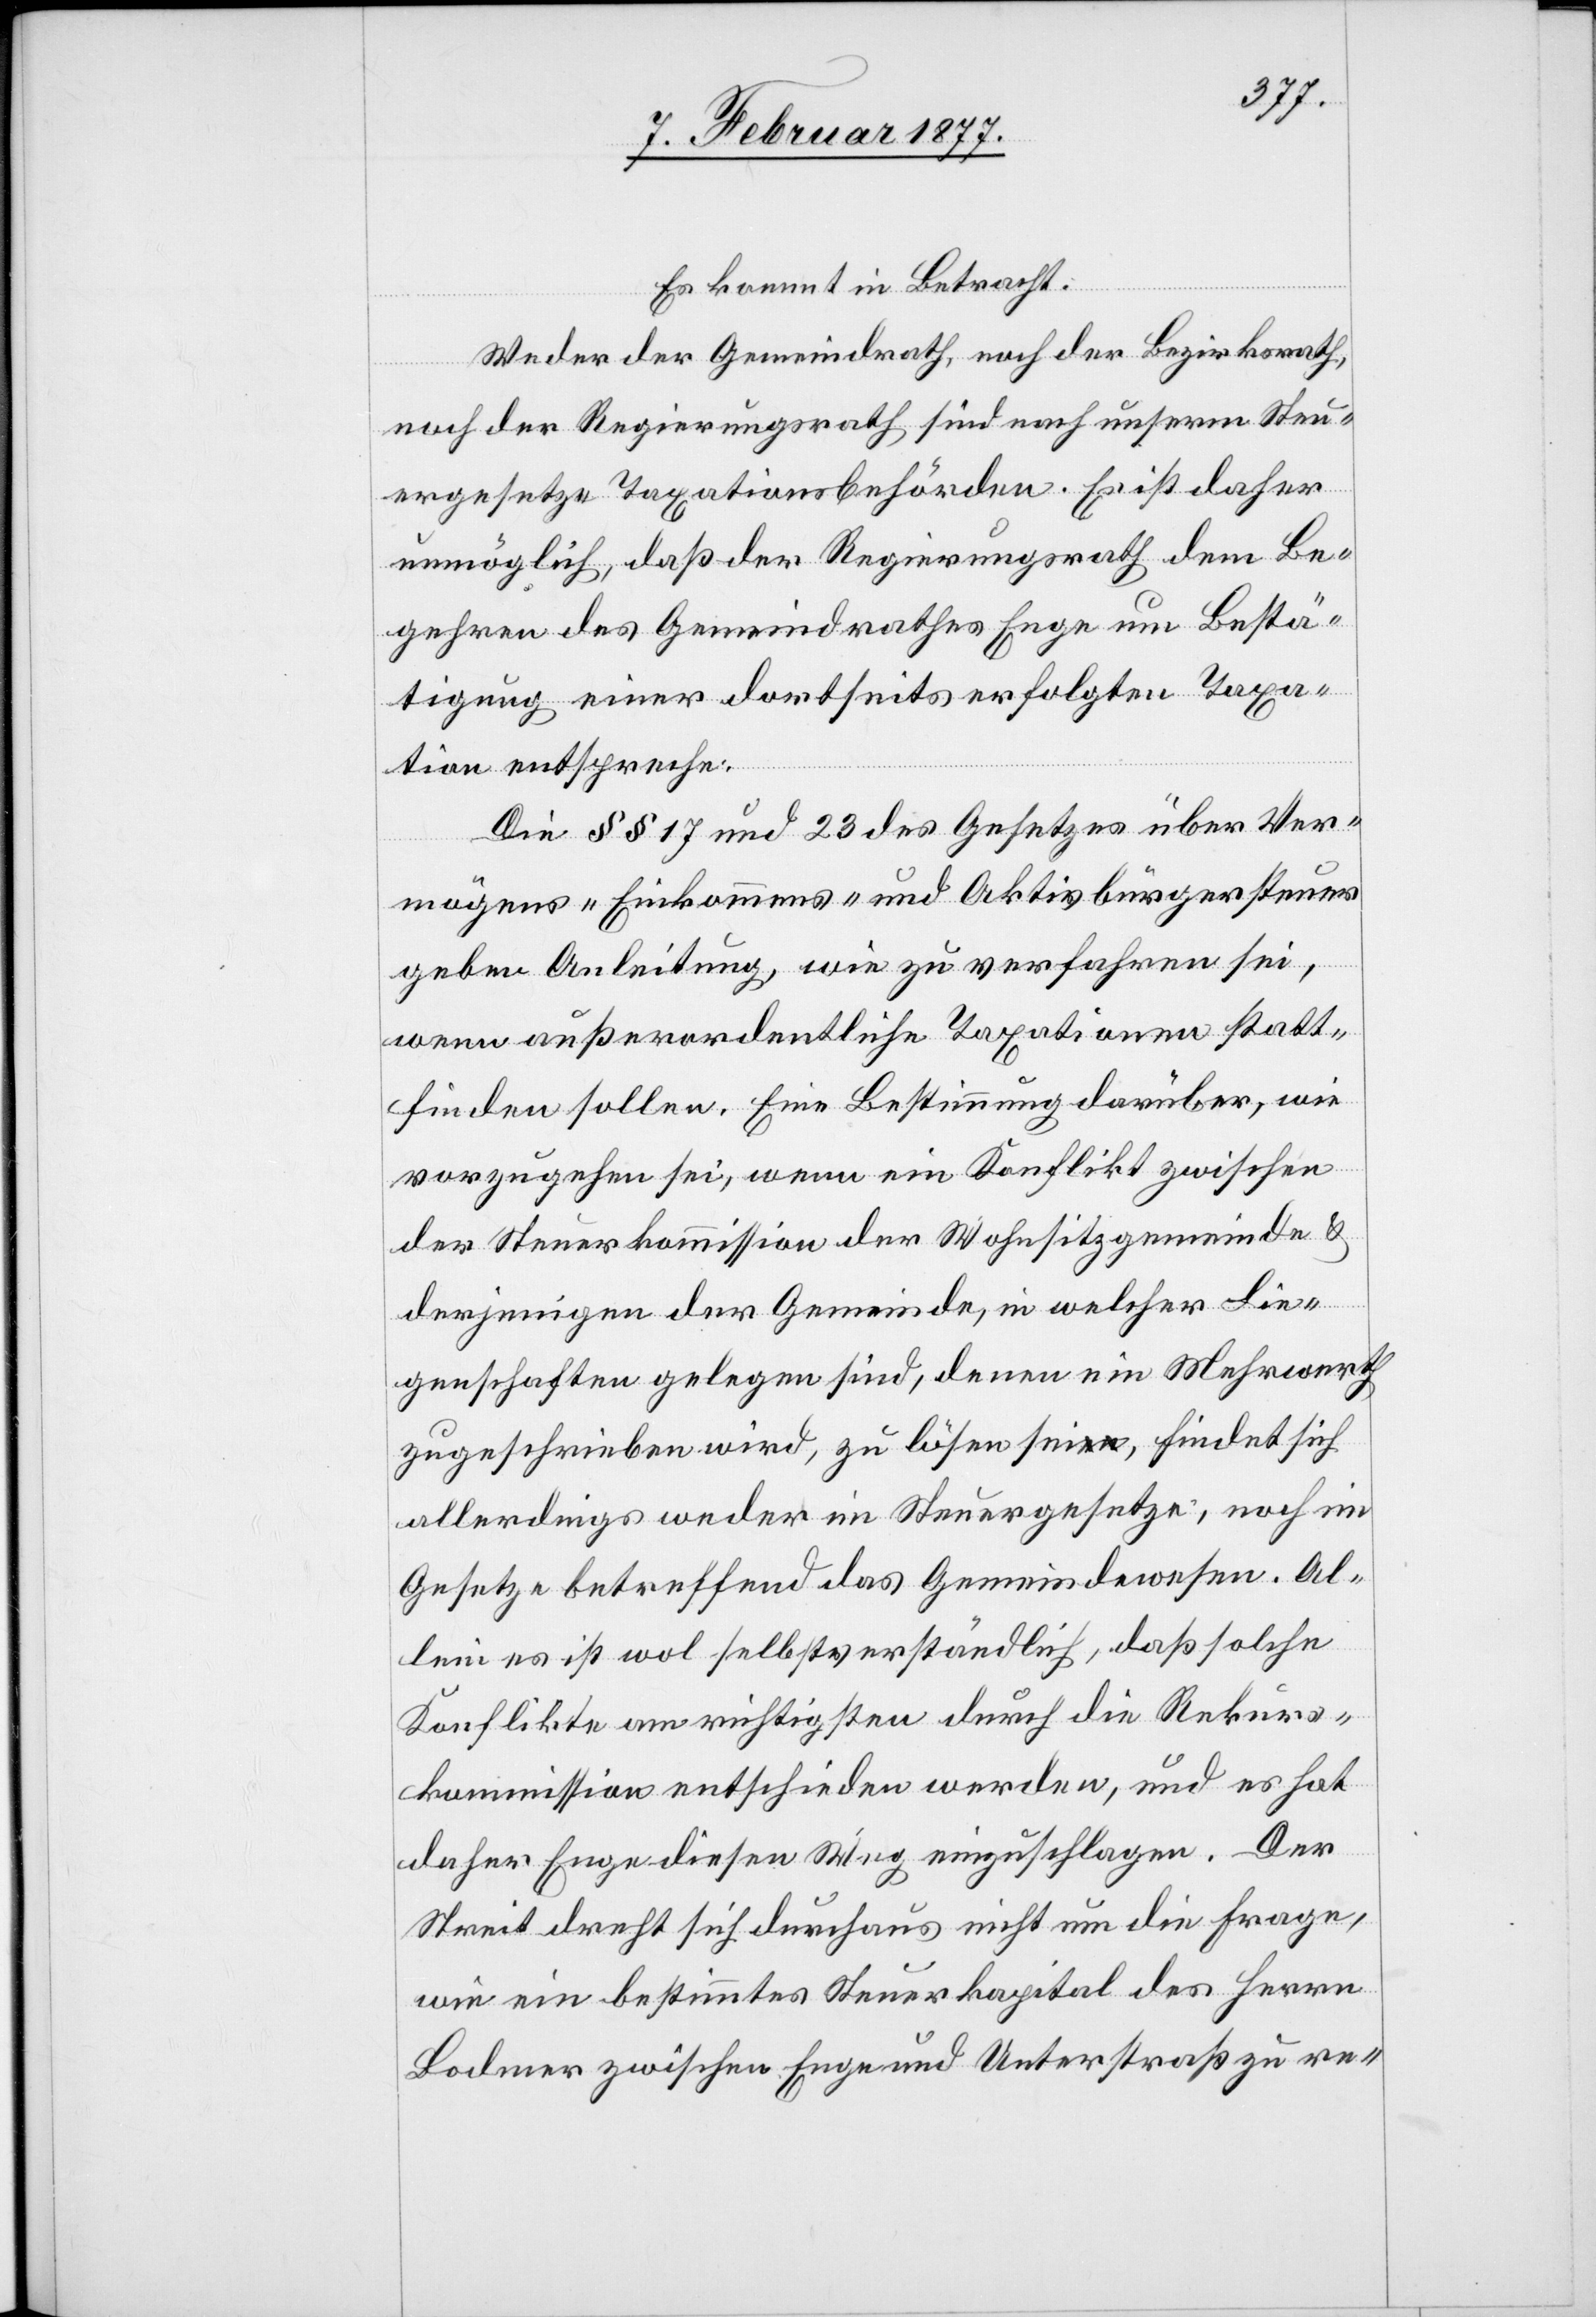
Es kommt in Betracht:
Weder der Gemeindrath, noch der Bezirksrath,
noch der Regierungsrath sind nach unserm Steu¬
ergesetze Taxationsbehörden. Es ist daher
unmöglich, daß der Regierungsrath dem Be¬
gehren des Gemeindrathes Enge um Bestä¬
tigung einer dortseits erfolgten Taxa¬
tion entspreche.
Die §§ 17 und 23 des Gesetzes über Ver¬
mögens- Einkommens- und Aktivbürgersteuer
geben Anleitung, wie zu verfahren sei,
wenn außerordentliche Taxationen statt¬
finden sollen. Eine Bestimmung darüber, wie
vorzugehen sei, wenn ein Konflikt zwischen
der Steuerkommission der Wohnsitzgemeinde &
derjenigen der Gemeinde, in welcher Lie¬
genschaften gelegen sind, denen ein Mehrwerth
zugeschrieben wird, zu lösen seia-en-a, findet sich
allerdings weder im Steuergesetze, noch im
Gesetze betreffend das Gemeindewesen. Al¬
lein es ist wol selbstverständlich, daß solche
Konflikte am richtigsten durch die Rekurs¬
kommission entschieden werden, und es hat
daher Enge diesen Weg einzuschlagen. Der
Streit dreht sich durchaus nicht um die Frage,
wie ein bestimmtes Steuerkapital des Herrn
Bodmer zwischen Enge und Unterstraß zu re-